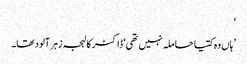
‘
’ہاں وہ کتیا حاملہ نہیں تھی‘ ڈاکٹر کا لہجہ زہر آلود تھا۔